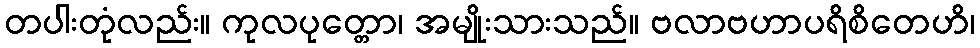
တပါးတုံလည်း။ ကုလပုတ္တော၊ အမျိုးသားသည်။ ဗလာဗဟာပရိစိတေဟိ၊